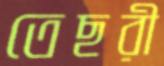
তেছরী